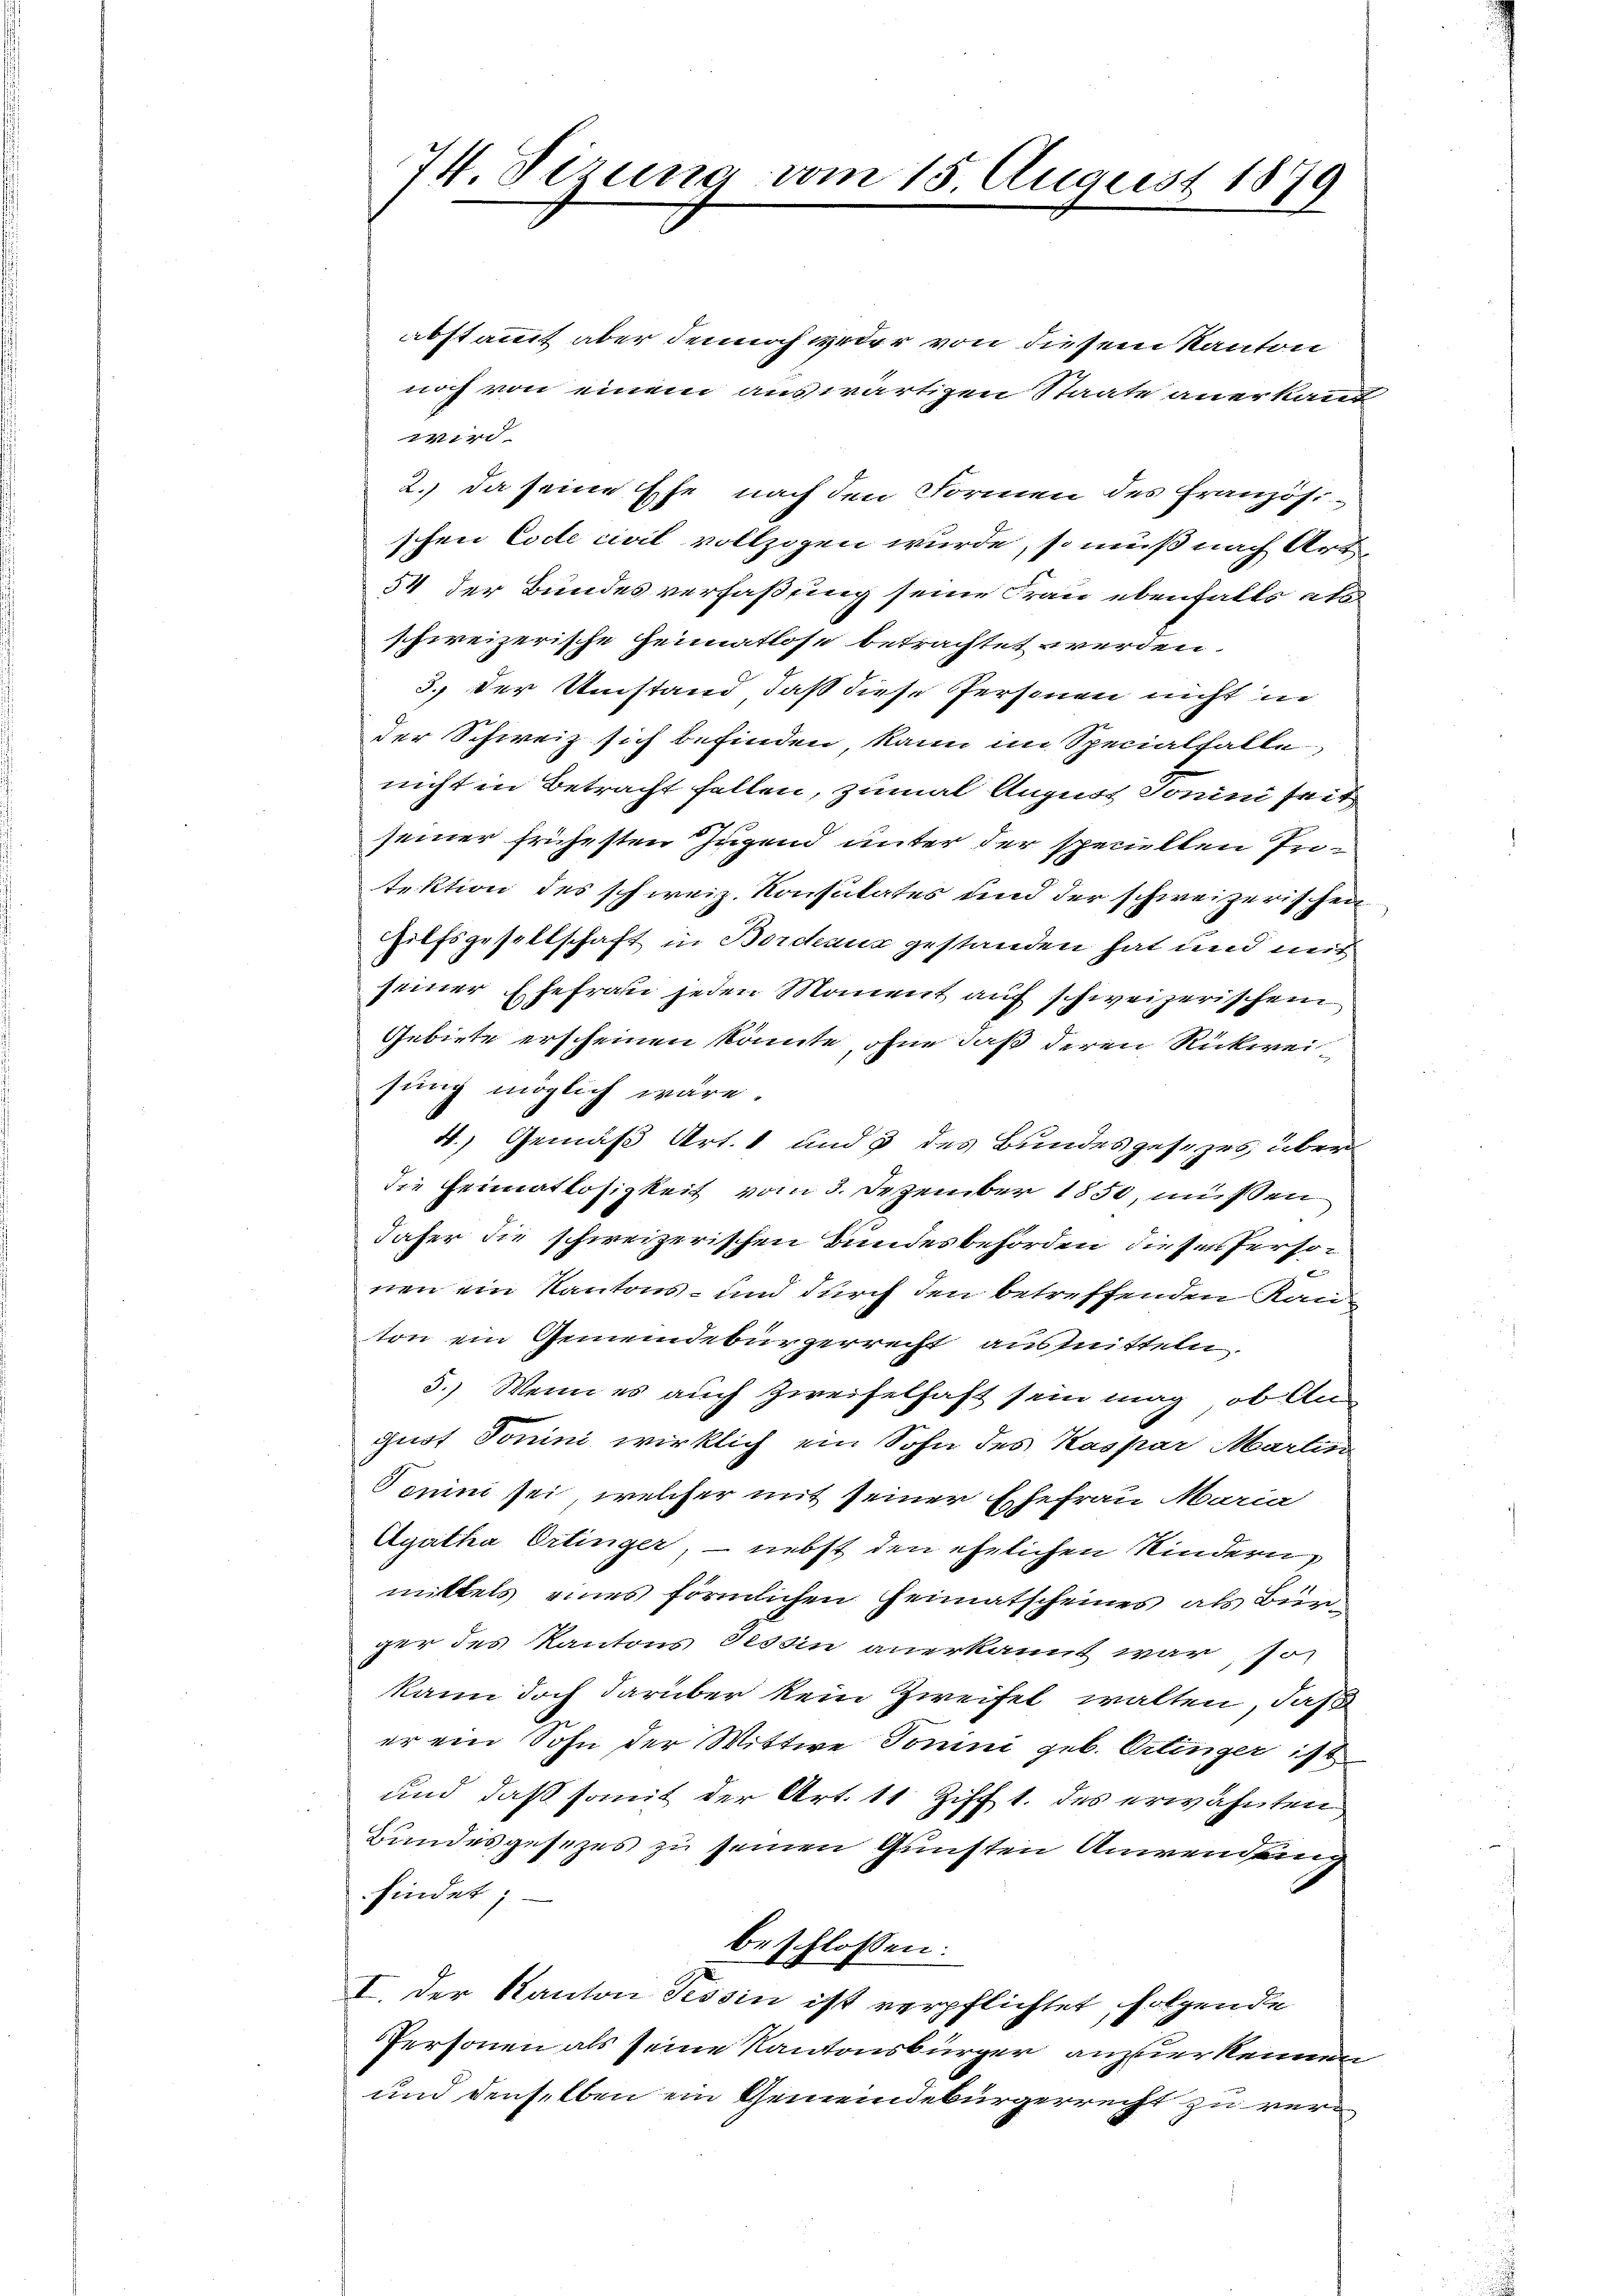
74. Serung von

15. August 1879

abstammt aber dennoch weder von diesem Kanton
noch von einem auswärtigen Staate anerkannt
141
2.) Da seine Ehe nach den Formen des Französi
schen Code civil vollzogen wurde, so muß nach Art
54 der Bundesverfaßung seine Frau ebenfalls als
schweizerische Heimatlose betrachtet werden.
3. Der Umstand, daß diese Personen nicht in
der Schweiz sich befinden, kann im Specialfalle
nicht in Betracht fallen, zumal August Tonini seit
seiner frühesten Jugend unter der speciellen Infektion des schweiz. Konsulates und der schweizerischen
Hilfsgesellschaft in Bordeaus gestanden hat und mit
seiner Ehefrau jeden Moment auf schweizerischem
Gebiete erscheinen könnte, ohne daß deren Rückweisung möglich wäre.
4.) Gemäß Art. 1 und 3 des Bundesgesezes über
die Heimatlosigkeit vom 3. Dezember 1850, müssen
daher die schweizerischen Bundesbehörden dieser Personen ein Kantons- und durch den betreffenden Kanton ein Gemeindebürgerrecht ausmitteln
5.) Wenn es auch Zweifelhaft sein mag, ob An
guot Tomini wirklich ein Sohn des Kaspar Martin
Tonini sei, welcher mit seiner Ehefrau Maria
Agatha Ortinger nebst den ehelichen Kindern
mittels eines förmlichen Heimatscheines als Bunger des Kantons Tessin anerkannt war, so
kann doch darüber kein Zweifel walten, daß
er ein Sohn der Wittwe Jonini geb. Erlinger ist
und daß somit der Art. 11 Ziff 1. des erwähnten
Bundesgesezes zu seinen Gunsten Anwendung
findet
beschlossen:
I. der Kanton Tessin ist verpflichtet, folgende
Personen als seine Kantonsbürger anzuerkennen
und denselben ein Gemeindebürgerrecht zu ver¬